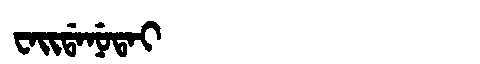
Manchu: ᠸᠠᡳᡩᠠᠨᡠᡨᠠᡳ
Romanization: WAIDANUTAI